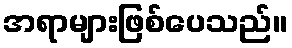
အရာများဖြစ်ပေသည်။